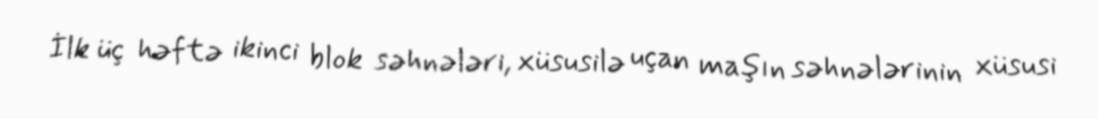
İlk üç həftə ikinci blok səhnələri, xüsusilə uçan maşın səhnələrinin xüsusi